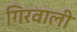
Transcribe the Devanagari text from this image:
गिरवाली